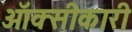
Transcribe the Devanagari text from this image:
ऑक्सीकारी